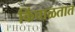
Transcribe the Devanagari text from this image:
किंचाळतात